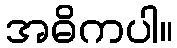
အဓိကပါ။